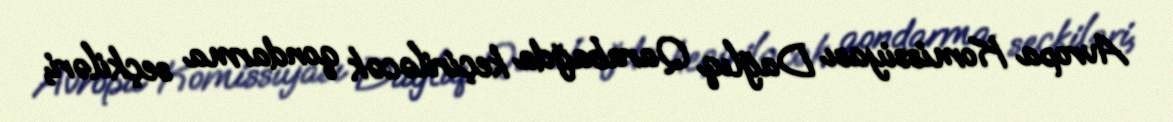
Avropa Komissiyası Dağlıq Qarabağda keçiriləcək qondarma seçkiləri,